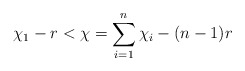
\begin{align*} \chi_1 - r < \chi = \sum\limits_{i=1}^n \chi_i - (n-1)r \end{align*}